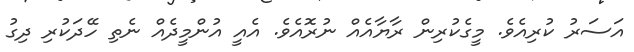
އަސަރު ކުރިއެވެ. މީގެކުރިން ރާޔާއެއް ނުރޮއެވެ. އެއީ އުންމީދެއް ނެތި ހޭދަކުރި ދިގު